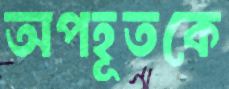
অপহূতকে